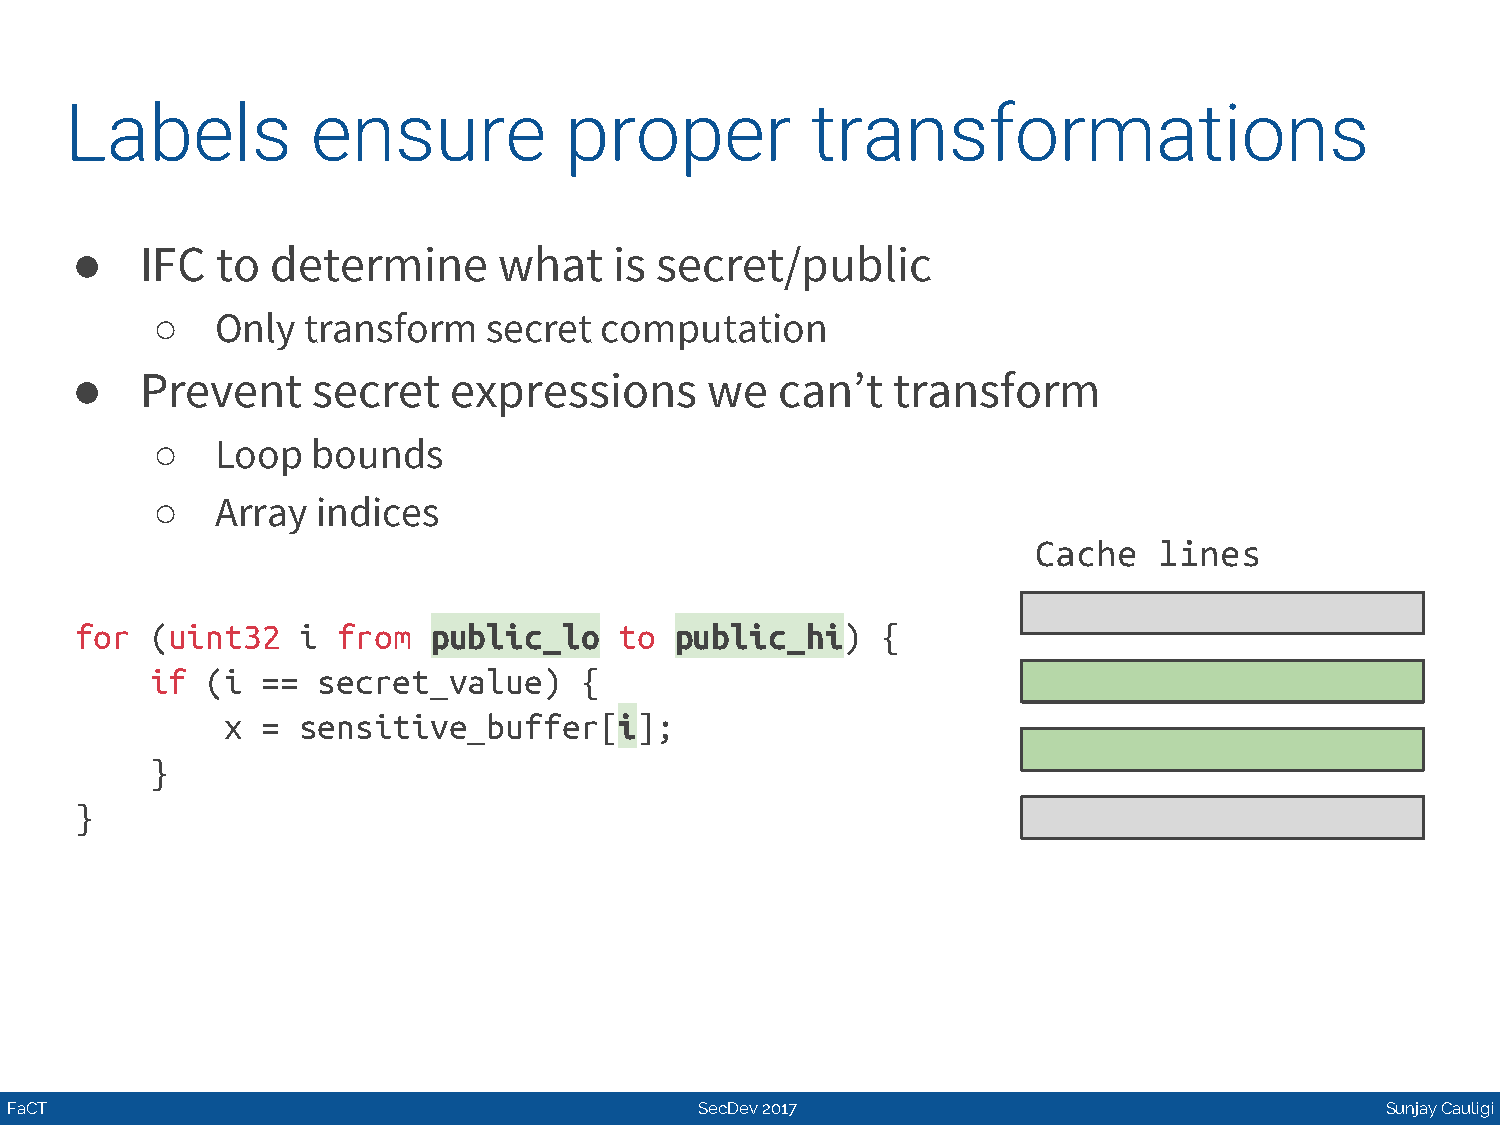
Labels           ensure          proper           transformations
 ●   IFC  to  determine      what    is secret/public
 ○   Only  transform   secret  computation
 ●   Prevent     secret   expressions      we   can’t  transform
 ○   Loop   bounds
 ○   Array  indices
 Cache   lines
 for  (uint32   i from   public_lo   to  public_hi)   {
 if  (i ==  secret_value)    {
 x =  sensitive_buffer[i];
 }
 }
 FaCT                                          SecDev 2017                                   Sunjay Cauligi